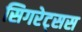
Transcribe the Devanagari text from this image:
सिगरेट्सस